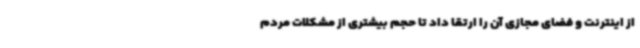
از اینترنت و فضای مجازی آن را ارتقا داد تا حجم بیشتری از مشکلات مردم